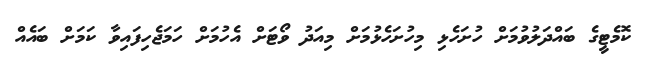
ކޮމެޓީގެ ބައްދަލުވުމަށް ހުށަހެޅި މިހުށަހެޅުމަށް މިއަދު ވޯޓަށް އެހުމަށް ހަމަޖެހިފައިވާ ކަމަށް ބައެއް